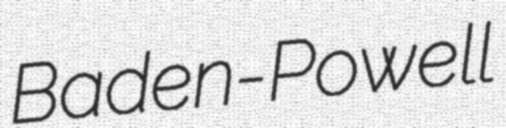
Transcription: Baden-Powell